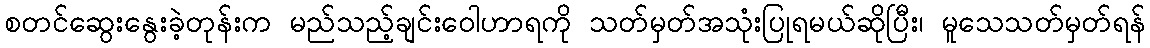
စတင်ဆွေးနွေးခဲ့တုန်းက မည်သည့်ချင်းဝေါဟာရကို သတ်မှတ်အသုံးပြုရမယ်ဆိုပြီး၊ မူသေသတ်မှတ်ရန်